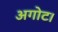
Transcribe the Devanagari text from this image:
अगोट।